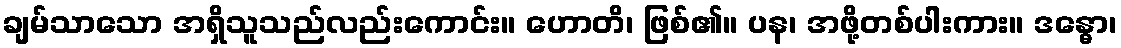
ချမ်သာသော အရှိသူသည်လည်းကောင်း။ ဟောတိ၊ ဖြစ်၏။ ပန၊ အဖို့တစ်ပါးကား။ ဒန္ဓော၊